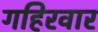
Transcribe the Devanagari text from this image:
गहिरवार